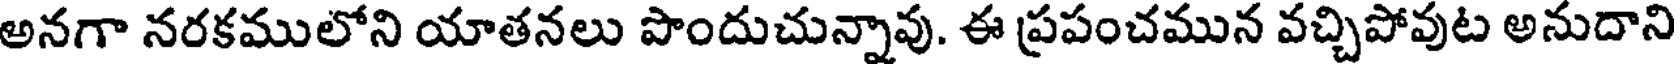
అనగా నరకములోని యాతనలు పొందుచున్నావు. ఈ ప్రపంచమున వచ్చిపోవుట అనుదాని